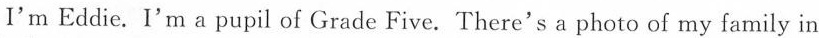
I'm Eddie. I'm a pupil of Grade Five. There's a photo of my family in